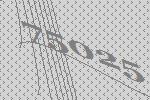
75025